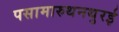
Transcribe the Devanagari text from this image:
पसामारुथनथुरई